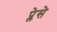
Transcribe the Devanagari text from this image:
प्लेसे